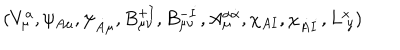
( V _ { \mu } ^ { a } , \psi _ { A \mu } , \psi _ { \dot { A } \mu } , B _ { \mu \nu } ^ { + I } , B _ { \mu \nu } ^ { - \dot { I } } , A _ { \mu } ^ { \alpha \dot { \alpha } } , \chi _ { A I } , \chi _ { \dot { A } \dot { I } } , L _ { \ y } ^ { x } )